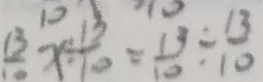
\frac { 1 3 } { ! 0 } x \div \frac { 1 3 } { 1 0 } = \frac { 1 3 } { 1 0 } \div \frac { 1 3 } { 1 0 }